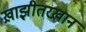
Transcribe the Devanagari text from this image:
ख़ाझ़ीतरख़ान